Lunatic asylums in Bengal annual reports 1888-1898 - 1888-1898
Year: 1888
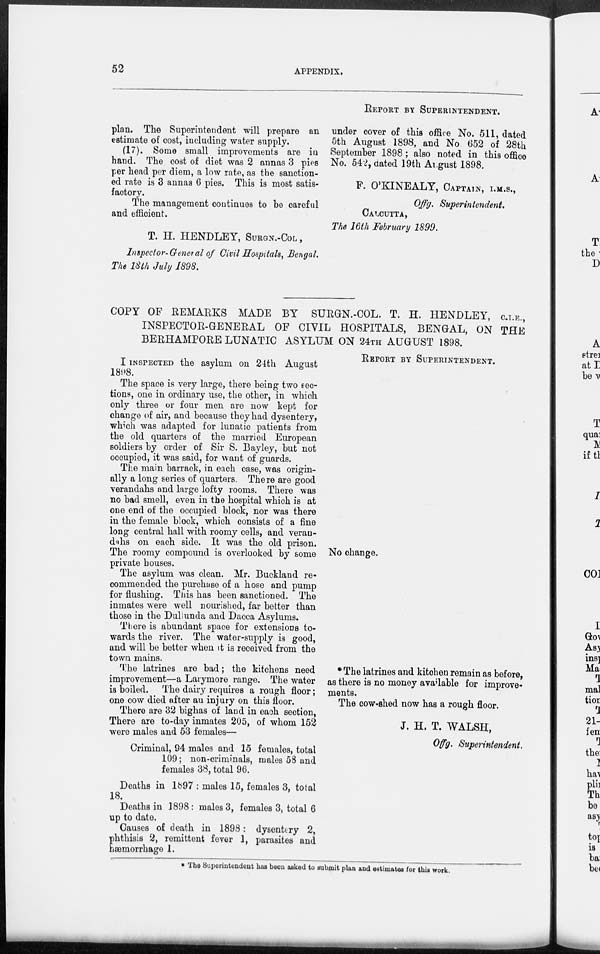
52
APPENDIX.
plan. The Superintendent will prepare an
estimate of cost, including water supply.
(17). Some small improvements are in
hand. The cost of diet was 2 annas 3 pies
per head per diem, a low rate, as the sanction-
ed rate is 3 annas 6 pies. This is most satis-
factory.
The management continues to be careful
and efficient.
T. H. HENDLEY, SURGN.-COL ,
Inspector-General of Civil Hospitals, Bengal.
The 18th July 1898.
REPORT BY SUPERINTENDENT.
under cover of this office No. 511, dated
5th August 1898, and No 652 of 28th
September 1898 ; also noted in this office
No. 542, dated 19th August 1898.
F. O'KINEALY, CAPTAIN, I.M.S.,
Offg. Superintendent.
CALCUTTA,
The 16th February 1899.
COPY OF REMARKS MADE BY SURGN.-COL. T. H. HENDLEY, C.I.E.,
INSPECTOR-GENERAL OF CIVIL HOSPITALS, BENGAL, ON THE
BERHAMPORE LUNATIC ASYLUM ON 24TH AUGUST 1898.
I INSPECTED the asylum on 24th August
1898.
The space is very large, there being two sec-
tions, one in ordinary use, the other, in which
only three or four men are now kept for
change of air, and because they had dysentery,
which was adapted for lunatic patients from
the old quarters of the married European
soldiers by order of Sir S. Bayley, but not
occupied, it was said, for want of guards.
The main barrack, in each case, was origin-
ally a long series of quarters. There are good
verandahs and large lofty rooms. There was
no bad smell, even in the hospital which is at
one end of the occupied block, nor was there
in the female block, which consists of a fine
long central hall with roomy cells, and veran-
dahs on each side. It was the old prison.
The roomy compound is overlooked by some
private houses.
The asylum was clean. Mr. Buckland re-
commended the purchase of a hose and pump
for flushing. This has been sanctioned. The
inmates were well nourished, far better than
those in the Dullunda and Dacca Asylums.
There is abundant space for extensions to-
wards the river. The water-supply is good,
and will be better when it is received from the
town mains.
The latrines are bad; the kitchens need
improvement—a Larymore range. The water
is boiled. The dairy requires a rough floor;
one cow died after an injury on this floor.
There are 32 bighas of land in each section,
There are to-day inmates 205, of whom 152
were males and 53 females—
Criminal, 94 males and 15 females, total
109; non-criminals, males 58 and
females 38, total 96.
Deaths in 1897 : males 15, females 3, total
18.
Deaths in 1898: males 3, females 3, total 6
up to date.
Causes of death in 1898: dysentery 2,
phthisis 2, remittent fever 1, parasites and
hæmorrhage 1.
REPORT BY SUPERINTENDENT.
No change.
*The latrines and kitchen remain as before,
as there is no money available for improve-
ments.
The cow-shed now has a rough floor.
J. H. T. WALSH,
Offg. Superintendent.
* The Superintendent has been asked to submit plan and estimates for this work.